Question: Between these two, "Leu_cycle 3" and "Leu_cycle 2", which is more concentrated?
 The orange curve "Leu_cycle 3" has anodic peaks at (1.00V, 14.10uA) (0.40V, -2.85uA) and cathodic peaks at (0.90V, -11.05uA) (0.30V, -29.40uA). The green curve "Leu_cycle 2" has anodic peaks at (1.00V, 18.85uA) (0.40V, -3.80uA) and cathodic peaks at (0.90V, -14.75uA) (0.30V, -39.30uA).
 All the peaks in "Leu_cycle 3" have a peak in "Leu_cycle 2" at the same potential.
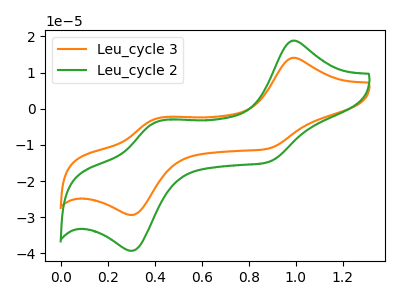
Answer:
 <answer>I cant tell if "Leu_cycle 3" or "Leu_cycle 2" has higher concentration.</answer>
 <eval>mixed_concentration</eval>